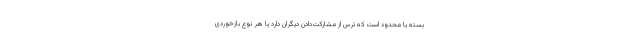
بسته یا محدود است که ترس از مشارکت‌دادن دیگران دارد یا هر نوع بازخوردی